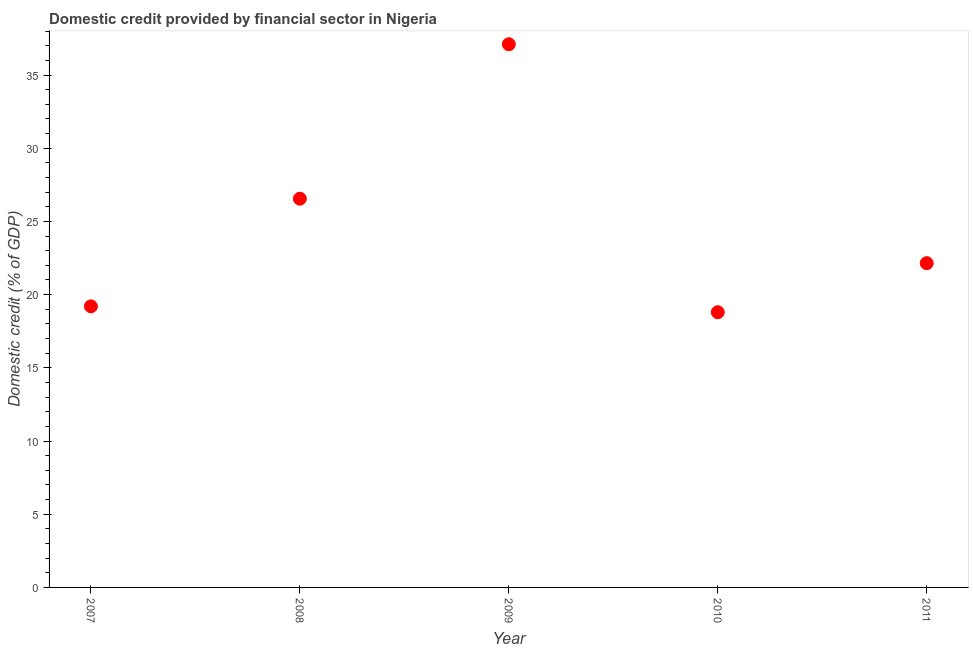
| Year | Domestic credit provided by financial sector |
 | --- | --- |
 | 2007 | 19.2 |
 | 2008 | 26.6 |
 | 2009 | 37.1 |
 | 2010 | 18.8 |
 | 2011 | 22.1 |